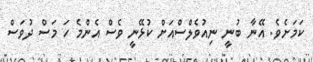
ކަމަށެވެ. އޭނާ ބުނީ ނިއުވެލްސްއަށް ކުޅޭނީ ވެސް އެންމެ ހަ މަސް ދުވަސް